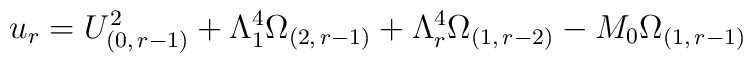
u_{r}=U_{(0,\,r-1)}^{2}+\Lambda _{1}^{4}\Omega_{(2,\, r-1)}+\Lambda_{r}^{4}\Omega_{(1,\, r-2)}-M_{0} \Omega_{(1,\, r-1)}